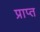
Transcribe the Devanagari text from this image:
प्राप्त